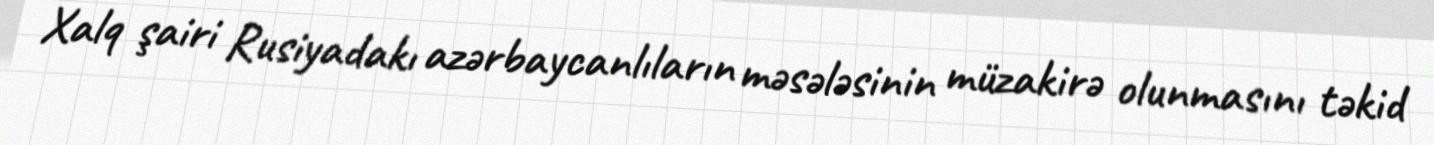
Xalq şairi Rusiyadakı azərbaycanlıların məsələsinin müzakirə olunmasını təkid